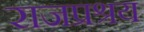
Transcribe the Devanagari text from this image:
राजप्रश्रय